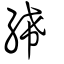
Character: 絺